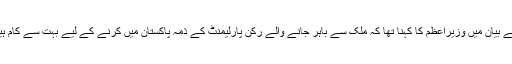
اپنے بیان میں وزیراعظم کا کہنا تھا کہ ملک سے باہر جانے والے رکن پارلیمنٹ کے ذمہ پاکستان میں کرنے کے لیے بہت سے کام ہیں۔